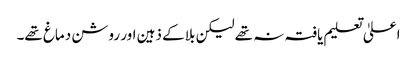
اعلیٰ تعلیم یافتہ نہ تھے لیکن بلا کے ذہین اور روشن دماغ تھے۔